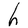
Character: h